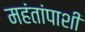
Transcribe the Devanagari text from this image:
महंतांपाशी